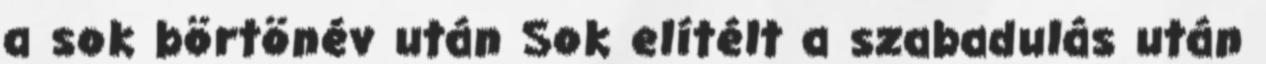
a sok börtönév után Sok elítélt a szabadulás után